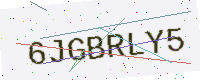
Text: 6JGBRLY5